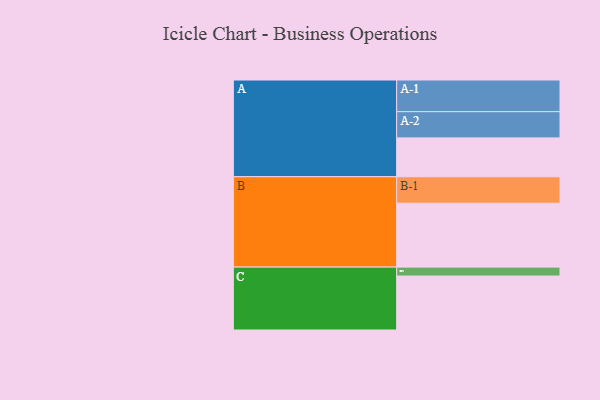
{"axis": {"x": "Segment", "y": "Value"}, "legend": ["", "A", "B", "C"], "data": [{"x": "A", "y": 336, "type": ""}, {"x": "B", "y": 553, "type": ""}, {"x": "C", "y": 467, "type": ""}, {"x": "A-1", "y": 274, "type": "A"}, {"x": "A-2", "y": 227, "type": "A"}, {"x": "B-1", "y": 229, "type": "B"}, {"x": "C-1", "y": 77, "type": "C"}]}